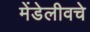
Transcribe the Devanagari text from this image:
मेंडेलीवचे